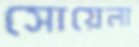
সোয়েলা